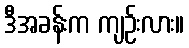
ဒီအခန်းက ကျဉ်းလား။